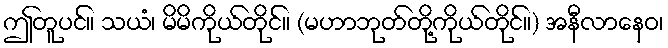
ဤတူပင်။ သယံ၊ မိမိကိုယ်တိုင်။ (မဟာဘုတ်တို့ကိုယ်တိုင်။) အနီလာနေဝ၊